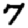
Digit: 7